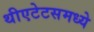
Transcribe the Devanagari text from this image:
थीएटेटसमध्ये